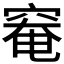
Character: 𥦩